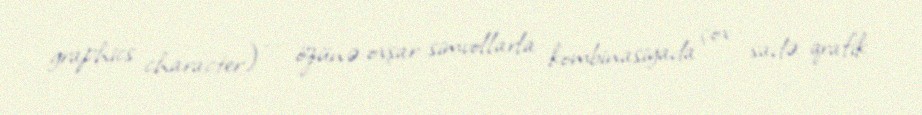
graphics character) — özünə oxşar simvollarla kombinasiyada çox sadə qrafik